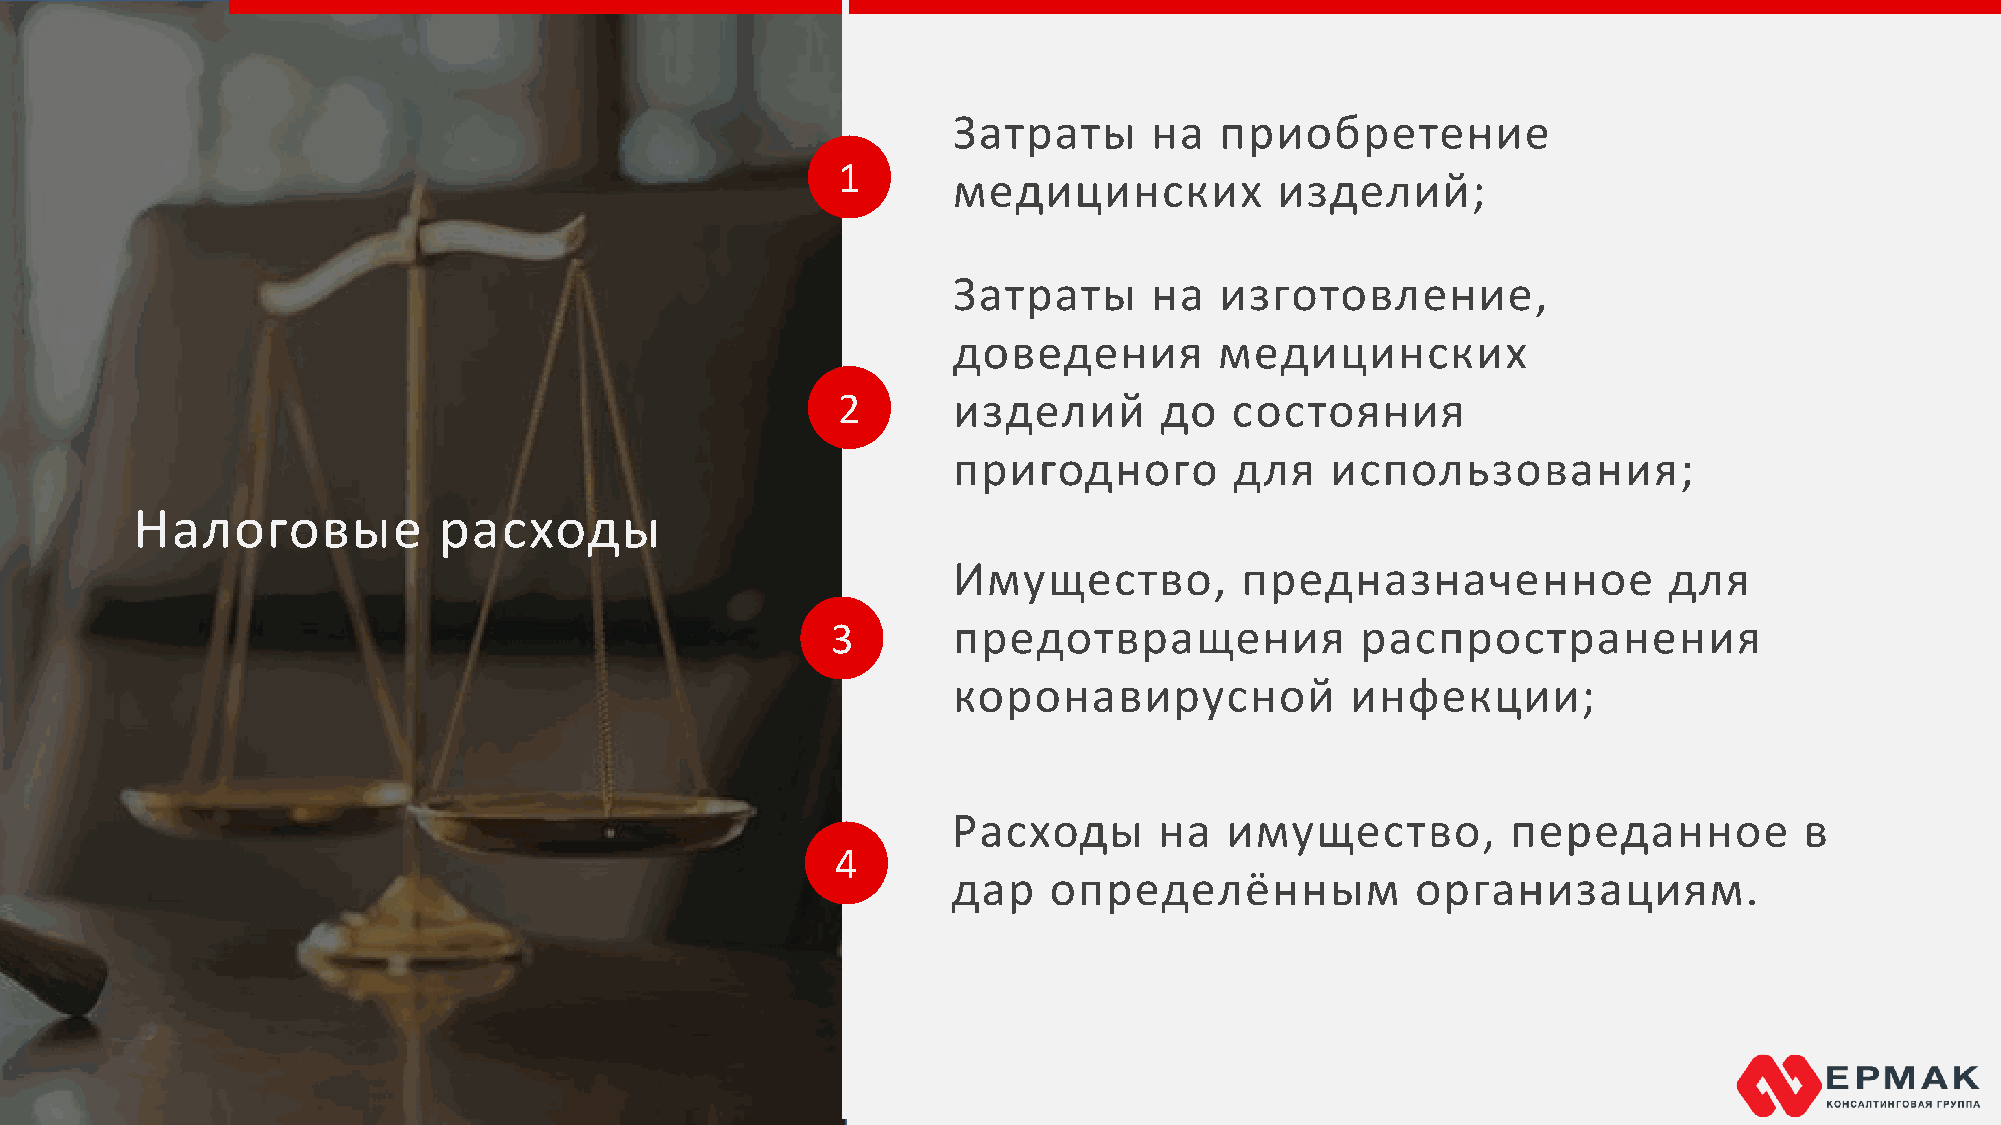
Затраты      на   приобретение
 1
 медицинских           изделий;
 Затраты      на   изготовление,
 доведения         медицинских
 2       изделий       до   состояния
 пригодного         для   использования;
 Налоговые           расходы
 Имущество,         предназначенное             для
 3       предотвращения             распространения
 коронавирусной            инфекции;
 Расходы       на  имущество,         переданное         в
 4
 дар   определённым             организациям.